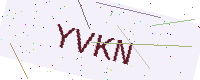
Text: YVKN